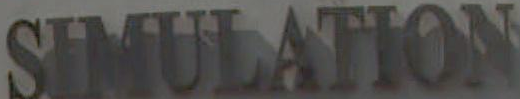
SIMULATION